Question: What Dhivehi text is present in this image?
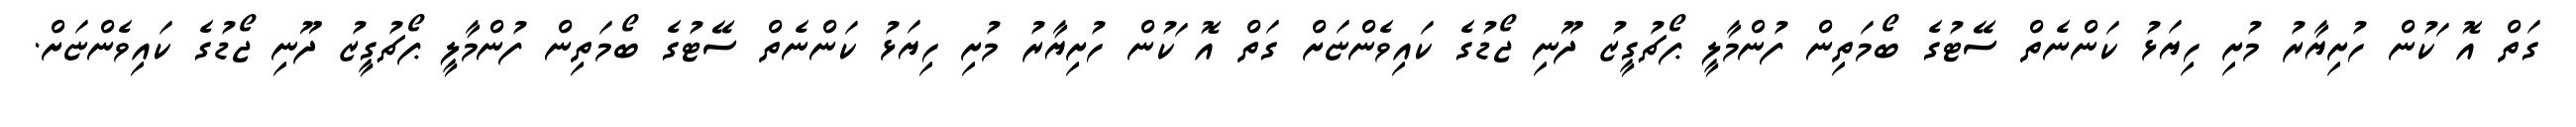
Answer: ގަތް އޮޱަކުން ހުށިޔާރު މުށި ހިޔަޅު ކަންނެތް ސޭޓުގެ ބޯމަތިން ފުންމާލީ ޕޯޗުގީޒު ދޫނި ޖޯޑުގެ ކައިވެންޏަށް ގަތް އޮޱަކުން ހުށިޔާރު މުށި ހިޔަޅު ކަންނެތް ސޭޓުގެ ބޯމަތިން ފުންމާލީ ޕޯޗުގީޒު ދޫނި ޖޯޑުގެ ކައިވެންޏަށް.